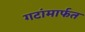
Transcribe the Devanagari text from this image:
गटांमार्फत